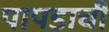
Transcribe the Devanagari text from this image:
पापडाची